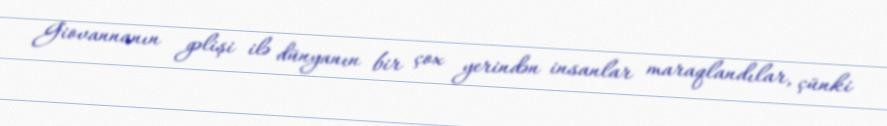
Giovannanın gəlişi ilə dünyanın bir çox yerindən insanlar maraqlandılar, çünki